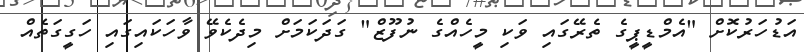
އަޑުހަރުކޮށް "އެމްޑީޕީގެ ތެރޭގައި ވަކި މީހެއްގެ ނުފޫޒް" ގަދަކަމަށް މިދެކެވޭ ވާހަކައިގައި ހަގީގަތެއް